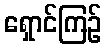
ရှောင်ကြဉ်